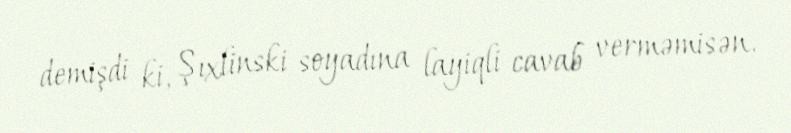
demişdi ki, Şıxlinski soyadına layiqli cavab verməmisən.